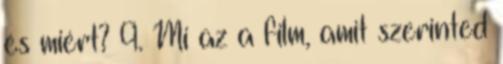
és miért? 9. Mi az a film, amit szerinted